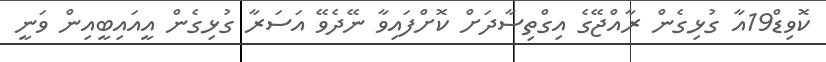
ކޮވިޑް19އާ ގުޅިގެން ރާއްޖޭގެ އިގްތިސާދަށް ކޮށްފައިވާ ނޭދެވޭ އަސަރާ ގުޅިގެން އީއައިބީއިން ވަނީ